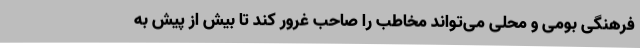
فرهنگی بومی و محلی می‌تواند مخاطب را صاحب غرور کند تا بیش از پیش به